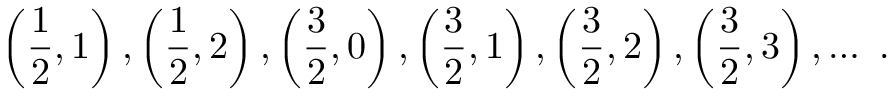
\left( \frac 1 2 , 1 \right) , \left( \frac 1 2 , 2 \right) , \left( \frac 3 2 , 0 \right) , \left( \frac 3 2 , 1 \right) , \left( \frac 3 2 , 2 \right) , \left( \frac 3 2 , 3 \right) , \ldots \ .